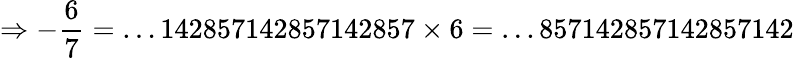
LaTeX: \Rightarrow-{\frac{6}{7}}=\dots 142857142857142857\times 6=\dots 857142857142857142